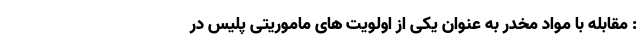
: مقابله با مواد مخدر به عنوان یکی از اولویت های ماموریتی پلیس در